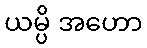
ယမ္ပိ အဟော